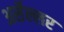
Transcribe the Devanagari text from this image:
अर्सेल्लर